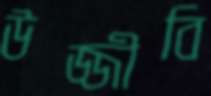
উজ্জীবি